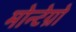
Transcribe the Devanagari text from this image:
मोन्टेग्रो